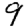
Digit: 9